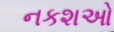
નકશઓ